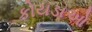
કોયડાઓ